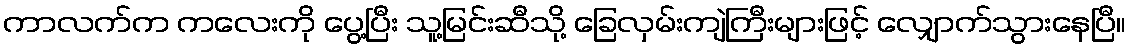
ကာလက်က ကလေးကို ပွေ့ပြီး သူ့မြင်းဆီသို့ ခြေလှမ်းကျဲကြီးများဖြင့် လျှောက်သွားနေပြီ။